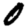
Digit: 0